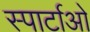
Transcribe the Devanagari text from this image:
स्पार्टाओ